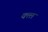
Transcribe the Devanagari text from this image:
क्त्ल